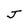
Character: J